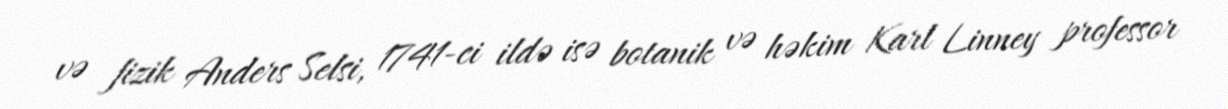
və fizik Anders Selsi, 1741-ci ildə isə botanik və həkim Karl Linney professor